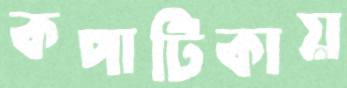
কপাটিকায়